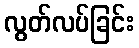
လွတ်လပ်ခြင်း